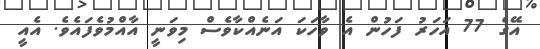
އޭގެ 77 އަހަރު ފަހުން އެ ވާހަކަ އަނެއްކާވެސް މިވަނީ އާއްމުވެފައެވެ. އެއީ